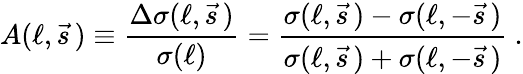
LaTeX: A(\ell,\vec{s}\, )\equiv\frac{\Delta\sigma(\ell,\vec{s}\, )}{\sigma(\ell)}=\frac{\sigma(\ell,\vec{s}\, )-\sigma(\ell,-\vec{s}\, )}{\sigma(\ell,\vec{s}\, )+\sigma(\ell,-\vec{s}\, )}\ .